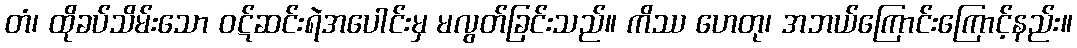
တံ၊ ထိုခပ်သိမ်းသော ဝဋ်ဆင်းရဲအပေါင်းမှ မလွတ်ခြင်းသည်။ ကိဿ ဟေတု၊ အဘယ်ကြောင်းကြောင့်နည်း။